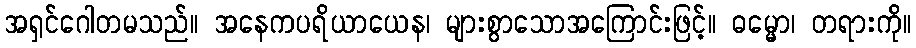
အရှင်ဂေါတမသည်။ အနေကပရိယာယေန၊ များစွာသောအကြောင်းဖြင့်။ ဓမ္မော၊ တရားကို။